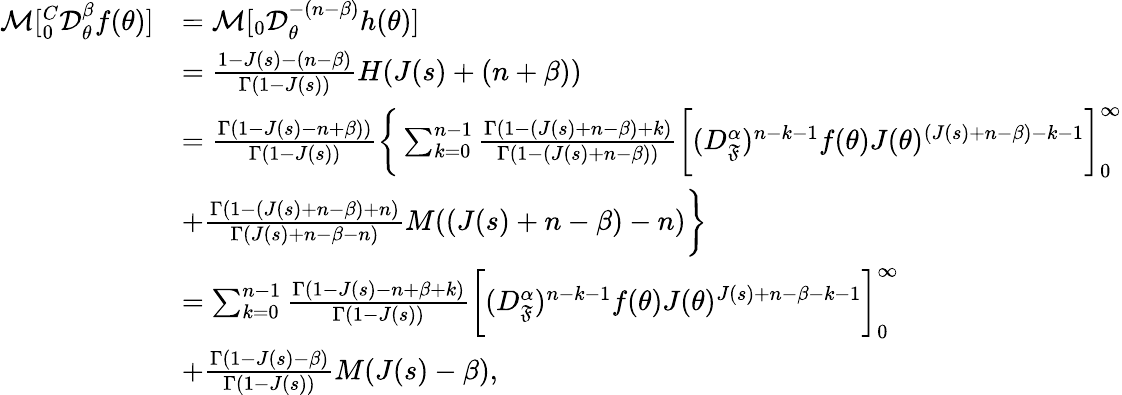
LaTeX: \begin{array}{rl}{\mathcal{M}[_{0}^{C}\mathcal{D}_{\theta}^{\beta}f(\theta)]}&{=\mathcal{M}[_{0}\mathcal{D}_{\theta}^{-(n-\beta)}h(\theta)]}\\ &{=\frac{1-J(s)-(n-\beta)}{\Gamma(1-J(s))}H(J(s)+(n+\beta))}\\ &{=\frac{\Gamma(1-J(s)-n+\beta))}{\Gamma(1-J(s))}\bigg\{ \sum_{k=0}^{n-1}\frac{\Gamma(1-(J(s)+n-\beta)+k)}{\Gamma(1-(J(s)+n-\beta))}\bigg[(D_{\mathfrak{F}}^{\alpha})^{n-k-1}f(\theta)J(\theta)^{(J(s)+n-\beta)-k-1}\bigg]_{0}^{\infty}}\\ &{+\frac{\Gamma(1-(J(s)+n-\beta)+n)}{\Gamma(J(s)+n-\beta-n)}M((J(s)+n-\beta)-n)\bigg\} }\\ &{=\sum_{k=0}^{n-1}\frac{\Gamma(1-J(s)-n+\beta+k)}{\Gamma(1-J(s))}\bigg[(D_{\mathfrak{F}}^{\alpha})^{n-k-1}f(\theta)J(\theta)^{J(s)+n-\beta-k-1}\bigg]_{0}^{\infty}}\\ &{+\frac{\Gamma(1-J(s)-\beta)}{\Gamma(1-J(s))}M(J(s)-\beta),}\end{array}